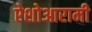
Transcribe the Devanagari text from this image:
ऐशोआरामी